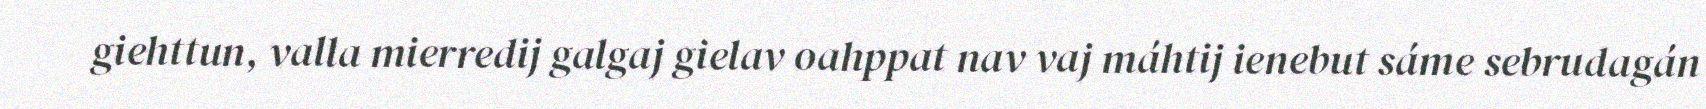
giehttun, valla mierredij galgaj gielav oahppat nav vaj máhtij ienebut sáme sebrudagán